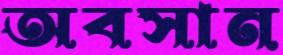
অবসান